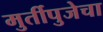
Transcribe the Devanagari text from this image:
मुर्तीपुजेचा